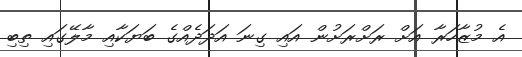
އެ މުޒާހަރާ އަށް ރަށްރަށުން އައި ގިނަ އަދަދެއްގެ ބަޔަކާއި މާލޭގައި ތިބި